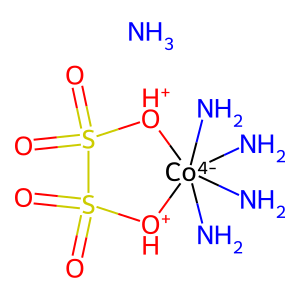
SMILES: N.N[Co-4]1(N)(N)(N)[OH+]S(=O)(=O)S(=O)(=O)[OH+]1
Inhibits HIV replication: No